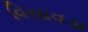
વિસાવડા